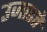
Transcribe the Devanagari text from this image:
उजाडते